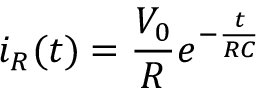
i _ { R } ( t ) = \frac { V _ { 0 } } { R } e ^ { - \frac { t } { R C } }